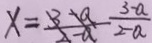
x = \frac { 3 - a } { 2 - a }